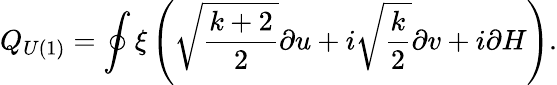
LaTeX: Q_{U(1)}=\oint\xi\left(\sqrt{\frac{k+2}{2}}\partial u+i\sqrt{\frac{k}{2}}\partial v+i\partial H\right).